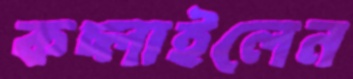
কচ্‌লাইলেন